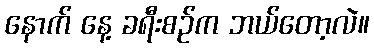
နောက် နေ့ ခရီးစဉ်က ဘယ်တော့လဲ။